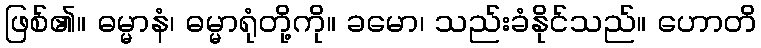
ဖြစ်၏။ ဓမ္မာနံ၊ ဓမ္မာရုံတို့ကို။ ခမော၊ သည်းခံနိုင်သည်။ ဟောတိ